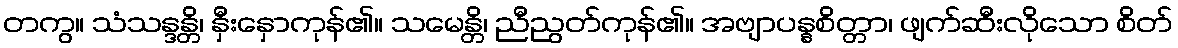
တကွ။ သံသန္ဒန္တိ၊ နှီးနှောကုန်၏။ သမေန္တိ၊ ညီညွတ်ကုန်၏။ အဗျာပန္နစိတ္တာ၊ ဖျက်ဆီးလိုသော စိတ်